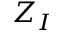
Z _ { I }